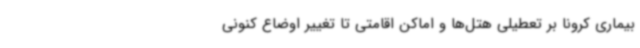
بیماری کرونا بر تعطیلی هتل‌ها و اماکن اقامتی تا تغییر اوضاع کنونی